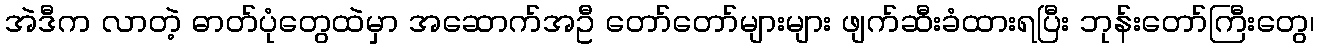
အဲဒီက လာတဲ့ ဓာတ်ပုံတွေထဲမှာ အဆောက်အဦ တော်တော်များများ ဖျက်ဆီးခံထားရပြီး ဘုန်းတော်ကြီးတွေ၊